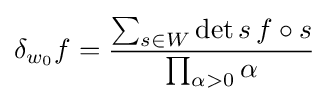
\delta _{w_{0}}f={\sum _{s\in W}\det s\,f\circ s \over \prod _{\alpha >0}\alpha }